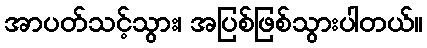
အာပတ်သင့်သွား၊ အပြစ်ဖြစ်သွားပါတယ်။